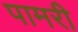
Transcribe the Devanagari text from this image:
पामरी